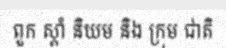
ពួក ស្តាំ និយម និង ក្រុម ជាតិ